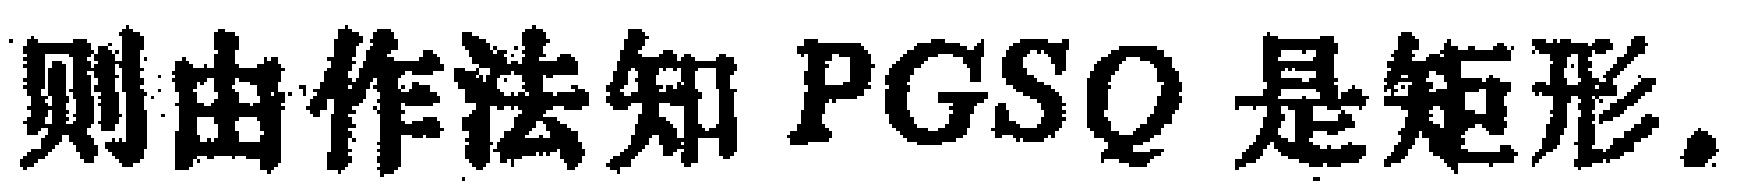
则由作法知 \(PGSQ\) 是矩形.